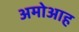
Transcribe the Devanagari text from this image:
अमोआह